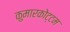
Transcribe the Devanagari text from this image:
कुमारकोट्टम